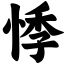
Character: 悸